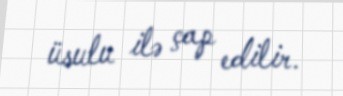
üsulu ilə çap edilir.